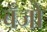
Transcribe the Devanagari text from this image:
बॅँजो